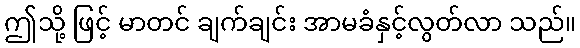
ဤသို့ ဖြင့် မာတင် ချက်ချင်း အာမခံနှင့်လွတ်လာ သည်။